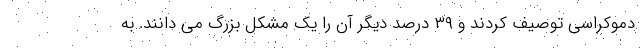
دموکراسی توصیف کردند و ۳۹ درصد دیگر آن را یک مشکل بزرگ می دانند. به